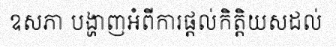
ឧសភា បង្ហាញអំពីការផ្តល់កិត្តិយសដល់